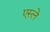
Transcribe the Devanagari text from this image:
एस्ले